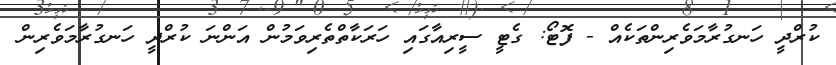
ކުރްދީ ހަނގުރާމަވެރިންތަކެއް - ފޮޓޯ: ގެޓީ ސީރިއާގައި ހަރަކާތްތެރިވަމުން އަންނަ ކުރްދީ ހަނގުރާމަވެރިން